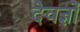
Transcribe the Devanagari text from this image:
देवज्ञों